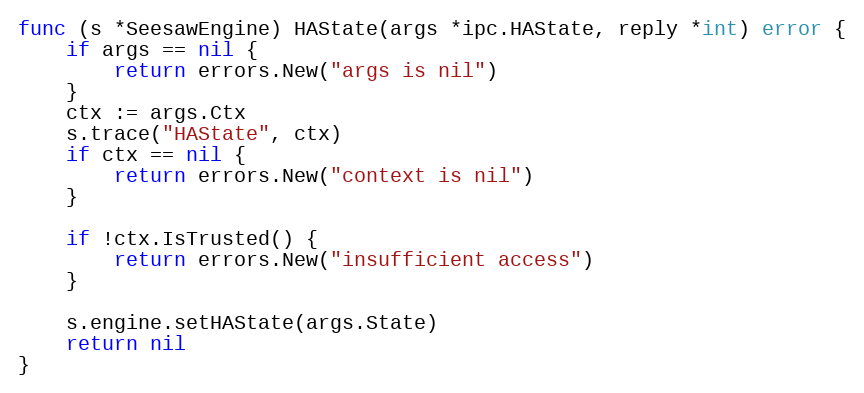
Language: Go
func (s *SeesawEngine) HAState(args *ipc.HAState, reply *int) error {
	if args == nil {
		return errors.New("args is nil")
	}
	ctx := args.Ctx
	s.trace("HAState", ctx)
	if ctx == nil {
		return errors.New("context is nil")
	}

	if !ctx.IsTrusted() {
		return errors.New("insufficient access")
	}

	s.engine.setHAState(args.State)
	return nil
}